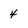
Character: 4